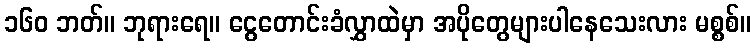
၁၆၀ ဘတ်။ ဘုရားရေ။ ငွေတောင်းခံလွှာထဲမှာ အပိုတွေများပါနေသေးလား မစ္စစ်။